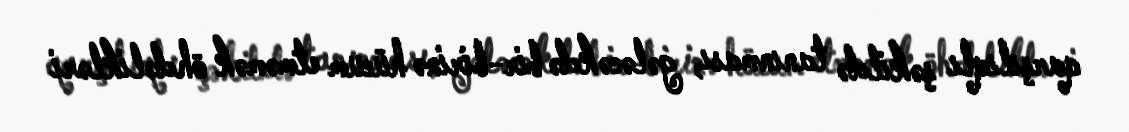
qarşılıqlı şəkildə tanınması, gələcəkdə bir-birinə hücum etməmək öhdəlikləri